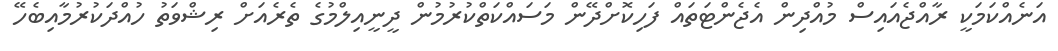
އަނެއްކަމަކީ ރާއްޖެއައިސް މުއްދިން އެޖެންޓަތައް ފަހިކޮށްދޭން މަސައްކަތްކުރުމުން ދީނީއިލްމުގެ ތެރެއަަށް ރިޝްވަތު ހުއްދަކުރުމާއިބެހޭ